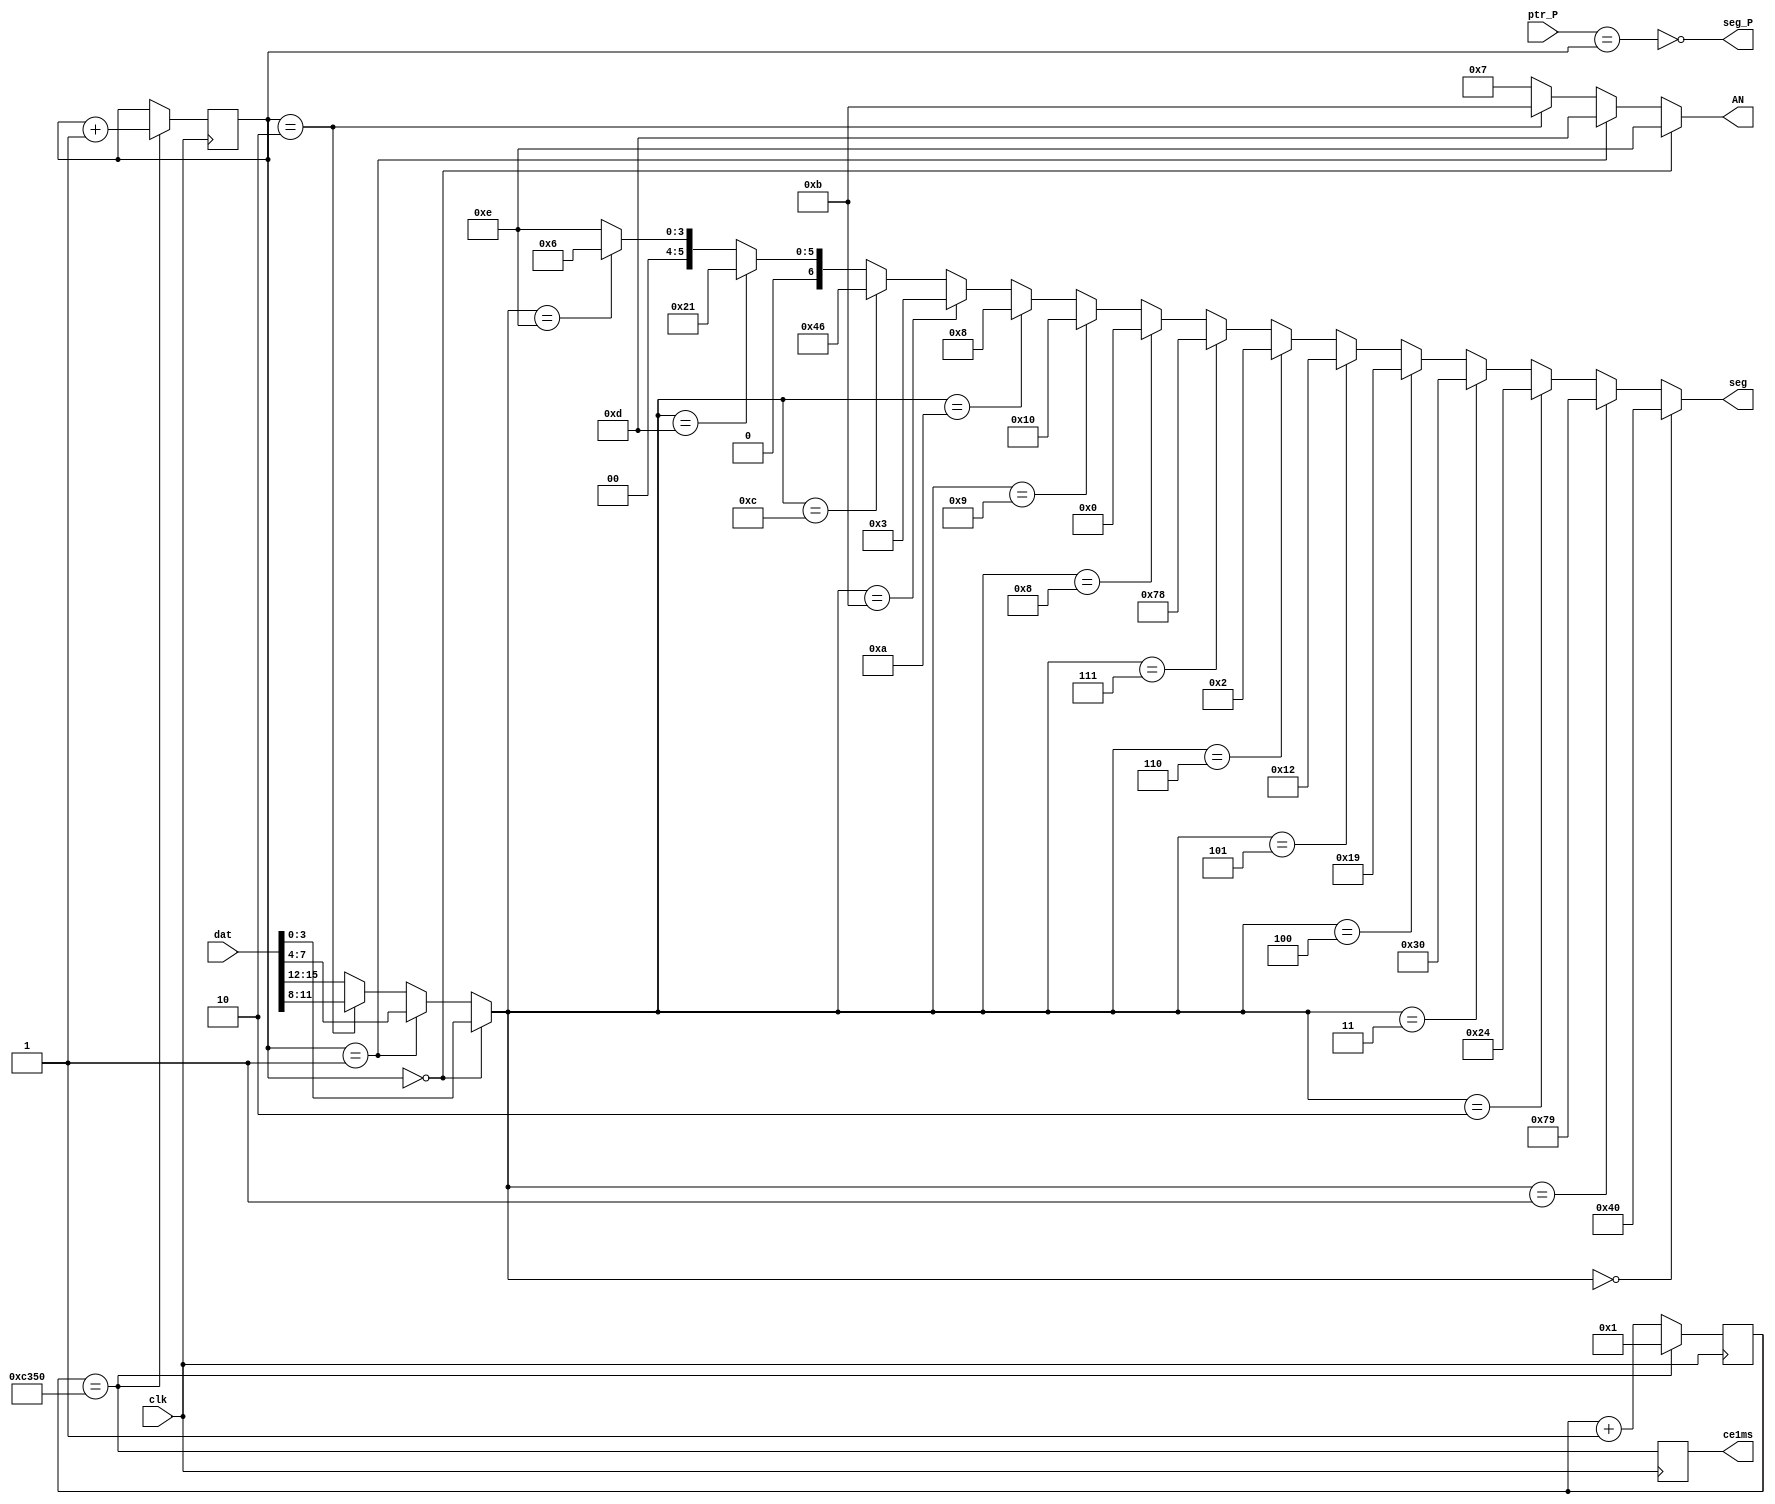
`timescale 1ns / 1ps
//////////////////////////////////////////////////////////////////////////////////
// Company: 
// Engineer: 
// 
// Design Name: 
// Module Name:    DISPLAY 
// Project Name: 
// Target Devices: 
// Tool versions: 
// Description: 
//
// Dependencies: 
//
// Revision: 
// Revision 0.01 - File Created
// Additional Comments: 
//
//////////////////////////////////////////////////////////////////////////////////
module DISPLAY(
	input clk,
	output wire[3:0] AN, 	// 
	input[15:0]dat,
	output wire[6:0] seg, 	// 
	input[1:0]ptr_P,
	output wire seg_P, 		// 
	output reg ce1ms=0
);
	
parameter Fclk=50000;	// 50000 kHz
parameter F1kHz=1;		// 1 kHz
	
reg[15:0] cb_1ms = 0;
wire ce = (cb_1ms==Fclk/F1kHz);
	
//-------  ce1ms( 1 ,  Tclk=20 ) --------
always @ (posedge clk) begin 
	cb_1ms <= ce? 1 : cb_1ms+1;
	ce1ms <= ce;
end
	
//------  -----------------------------------------
reg[1:0]cb_dig=0;
always @ (posedge clk) if(ce) begin
	cb_dig <= cb_dig+1;
end
	
//------- -------------
assign AN = (cb_dig==0)? 4'b1110 : //   0 ()
				(cb_dig==1)? 4'b1101 : //   1
				(cb_dig==2)? 4'b1011 : //   
								24'b0111;  //   3 ()
									
//-------  (HEX)-------------
wire[3:0] dig =(cb_dig==0)? dat[3:0]:
					(cb_dig==1)? dat[7:4]:
					(cb_dig==2)? dat[11:8]:
									 dat[15:12];

//------- ----------//gfedcba
assign seg = (dig== 0)? 7'b1000000 :	// 0   a
				 (dig== 1)? 7'b1111001 :	// 1 f| |b
				 (dig== 2)? 7'b0100100 :	// 2   g
				 (dig== 3)? 7'b0110000 :	// 3 e| |c
				 (dig== 4)? 7'b0011001 :	// 4   d
				 (dig== 5)? 7'b0010010 :	// 5
				 (dig== 6)? 7'b0000010 :	// 6
				 (dig== 7)? 7'b1111000 :	// 7
				 (dig== 8)? 7'b0000000 :	// 8
				 (dig== 9)? 7'b0010000 :	// 9
				 (dig==10)? 7'b0001000 :	// A
				 (dig==11)? 7'b0000011 :	// b
				 (dig==12)? 7'b1000110 :	// C
				 (dig==13)? 7'b0100001 :	// d
				 (dig==14)? 7'b0000110 :	// E
								7'b0001110;	   // F
								
//--------------
assign seg_P = !(ptr_P == cb_dig);
	
endmodule